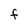
Character: f